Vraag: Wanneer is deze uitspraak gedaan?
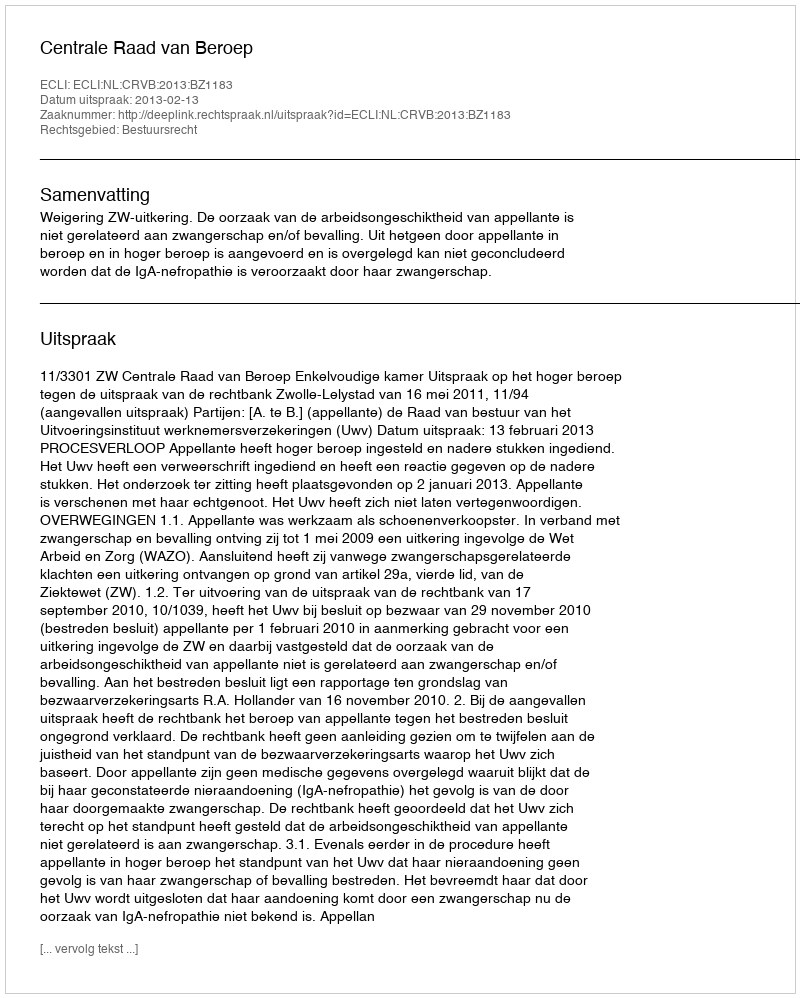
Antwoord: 2013-02-13